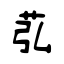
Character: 苰